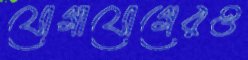
যোগাযোগেরও